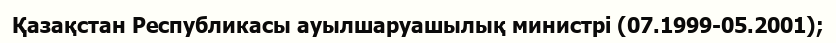
Қазақстан Республикасы ауылшаруашылық министрі (07.1999-05.2001);